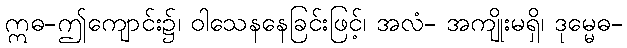
ဣဓ-ဤကျောင်း၌၊ ဝါသေနနေခြင်းဖြင့်၊ အလံ- အကျိုးမရှိ၊ ဒုမ္မေဓ-